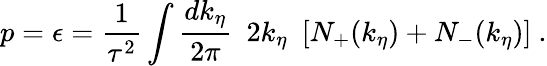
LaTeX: p=\epsilon={\frac{1}{\tau^{2}}}\int{\frac{dk_{\eta}}{2\pi}}~~2k_{\eta}~~[N_{+}(k_{\eta})+N_{-}(k_{\eta})]~.